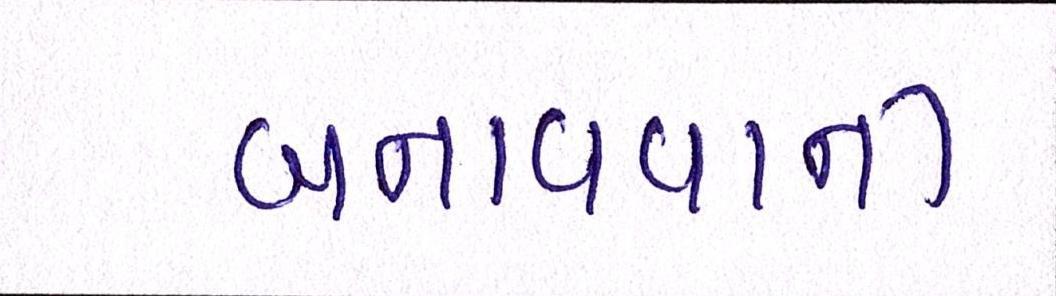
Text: બનાવવાની